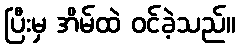
ပြီးမှ အိမ်ထဲ ဝင်ခဲ့သည်။